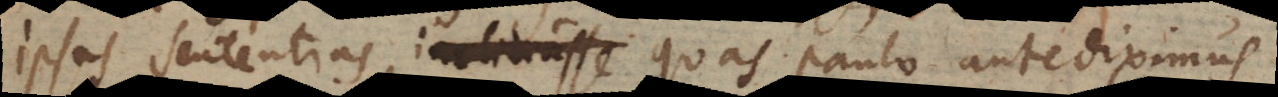
ipsas sententiasinclinasse, quas paulo ante diximus